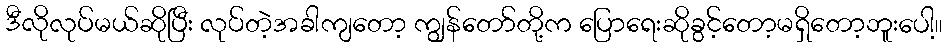
ဒီလိုလုပ်မယ်ဆိုပြီး လုပ်တဲ့အခါကျတော့ ကျွန်တော်တို့က ပြောရေးဆိုခွင့်တော့မရှိတော့ဘူးပေါ့။